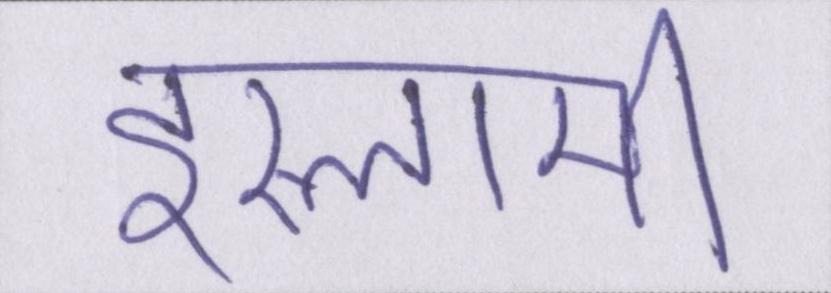
इस्लामी